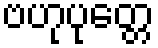
ဗဟုပုတ္တေ